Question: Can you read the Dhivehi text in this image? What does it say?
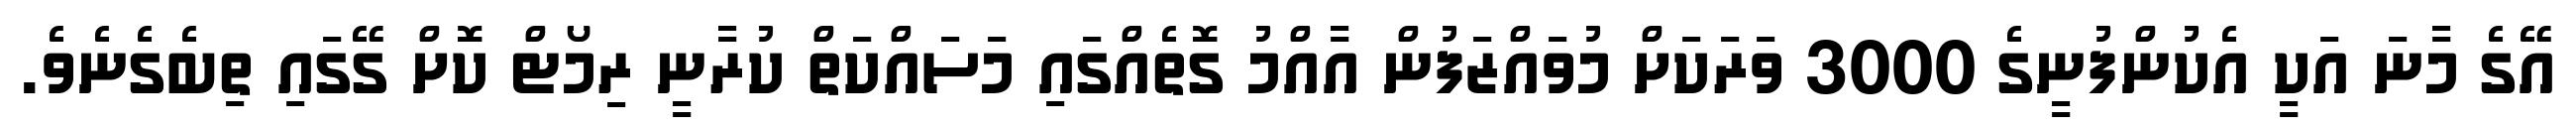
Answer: އޭގެ މާނަ އަކީ އެކުންފުނީގެ 3000 ވަރަކަށް މުވައްޒަފުން އާއްމު ގޮތެއްގައި މަސައްކަތް ކުރާނީ ރިމޯޓް ކޮށް ގޭގައި ތިބެގެނެވެ.